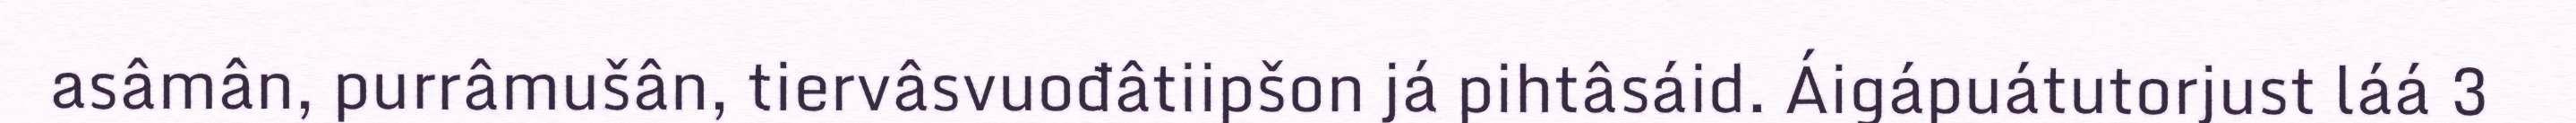
asâmân, purrâmušân, tiervâsvuođâtiipšon já pihtâsáid. Áigápuátutorjust láá 3